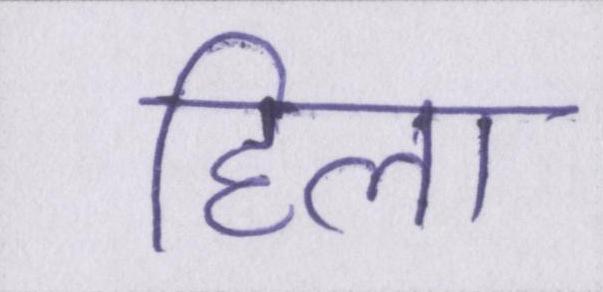
हिला